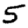
Digit: 5